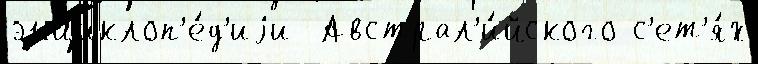
энциклоп'е́д'иjи  Австрал'и́йского с'ет'я́х